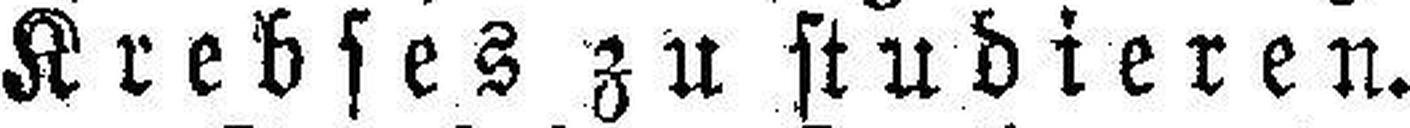
Krebses zu studieren.